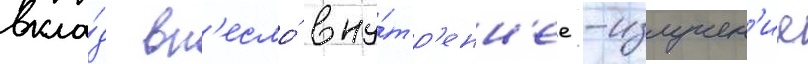
вкла́д вн'есло́ вну́тр'енн'ее -излучен'ие